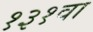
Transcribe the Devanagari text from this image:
१३१वा